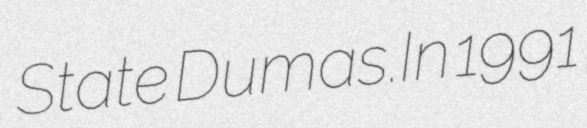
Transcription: State Dumas.In 1991